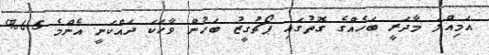
އަމިއްލަ މާދަރީ ބަހެއްގެ ގޮތުގައި ޕޯޗުގީޒު ބަހުން ވާހަކަ ދައްކަނީ އެންމެ 6.5%